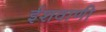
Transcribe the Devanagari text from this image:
ईशवाणी